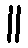
။